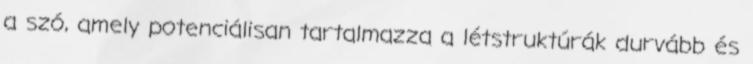
a szó, amely potenciálisan tartalmazza a létstruktúrák durvább és